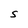
Character: S